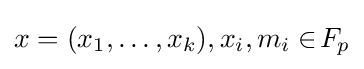
x=(x_{1},\ldots ,x_{k}),x_{i},m_{i}\in \!F_{p}